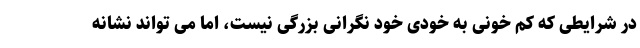
در شرایطی که کم خونی به خودی خود نگرانی بزرگی نیست، اما می تواند نشانه